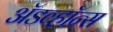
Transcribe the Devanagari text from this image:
ॲडव्हॉन्स